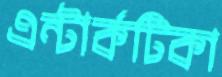
এন্টার্কটিকা